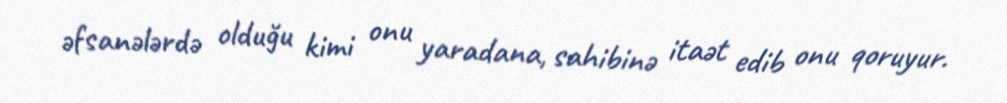
əfsanələrdə olduğu kimi onu yaradana, sahibinə itaət edib onu qoruyur.